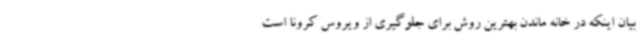
بیان اینکه در خانه ماندن بهترین روش برای جلوگیری از ویروس کرونا است